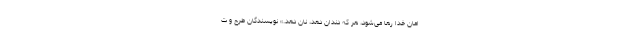
امان خدا رها می‌شود، هر که دندان دهد، نان دهد.» نویسندگان طرح و ت